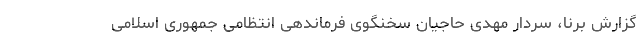
گزارش برنا، سردار مهدی حاجیان سخنگوی فرماندهی انتظامی جمهوری اسلامی